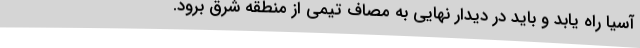
آسیا راه یابد و باید در دیدار نهایی به مصاف تیمی از منطقه شرق برود.